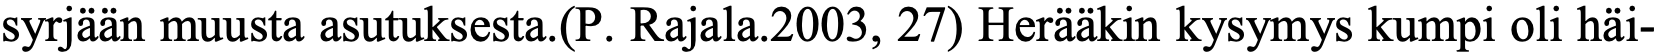
syrjään muusta asutuksesta.(P. Rajala.2003, 27) Herääkin kysymys kumpi oli häi-